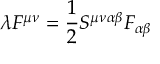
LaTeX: \lambda F ^ { \mu \nu } = \frac { 1 } { 2 } S ^ { \mu \nu \alpha \beta } F _ { \alpha \beta }